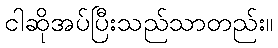
ငါဆိုအပ်ပြီးသည်သာတည်း။